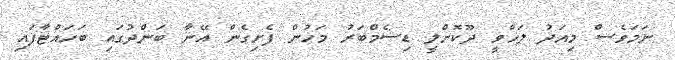
ނަމަވެސް މިއަދު ލަޚްވީ ދޫކޮށްލީ ޑިސެމްބަރު މަހުން ފެށިގެން އޭނާ ބަންދުގައި ބަހައްޓާފައި